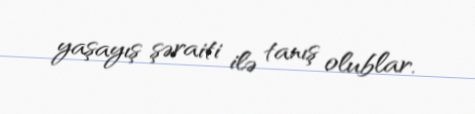
yaşayış şəraiti ilə tanış olublar.